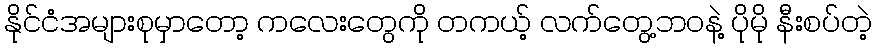
နိုင်ငံအများစုမှာတော့ ကလေးတွေကို တကယ့် လက်တွေ့ဘဝနဲ့ ပိုမို နီးစပ်တဲ့